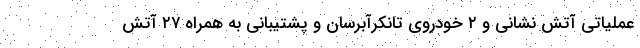
عملیاتی آتش نشانی و ۲ خودروی تانکرآبرسان و پشتیبانی به همراه ۲۷ آتش